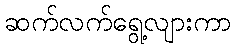
ဆက်လက်ရွေ့လျားကာ